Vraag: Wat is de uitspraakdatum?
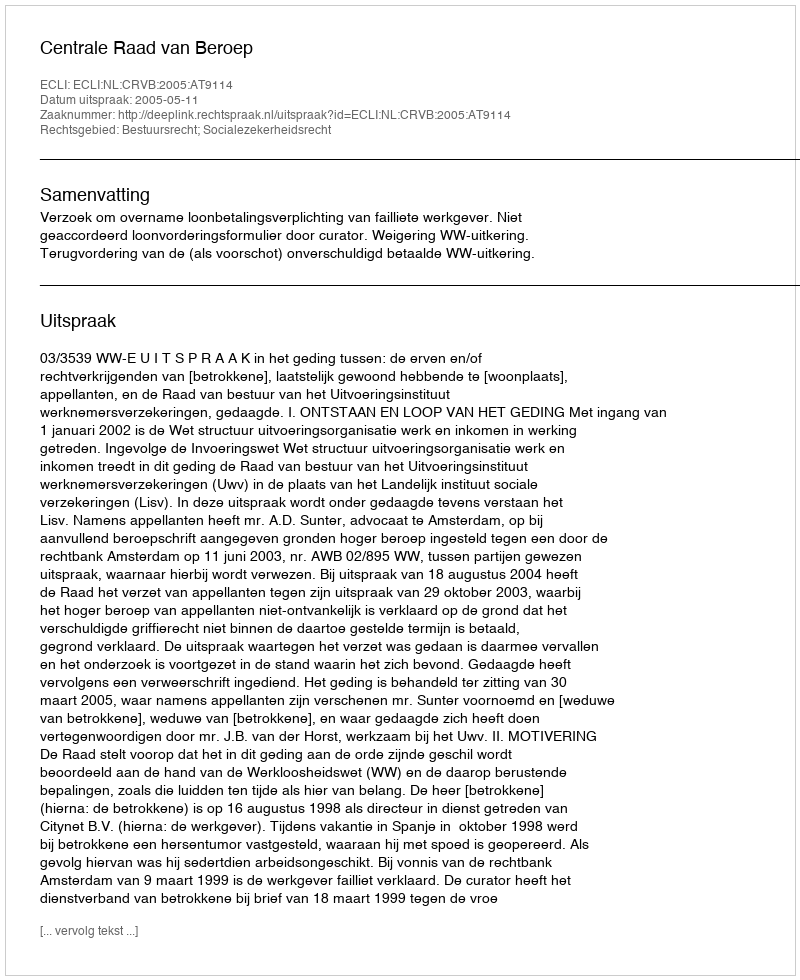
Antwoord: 2005-05-11